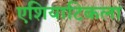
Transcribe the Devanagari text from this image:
एशियाटिकला